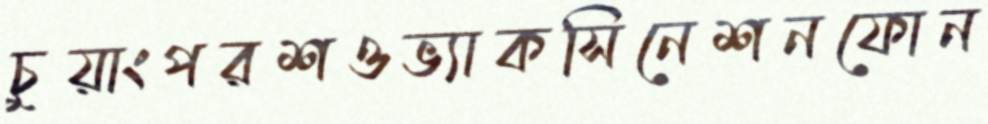
চুয়াংপরশওভ্যাকসিনেশনফোন